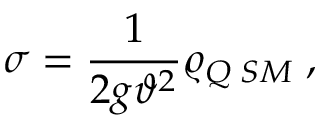
\sigma = \frac { 1 } { 2 g \vartheta ^ { 2 } } \varrho _ { Q \; S M } \; ,